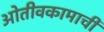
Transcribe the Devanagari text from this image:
ओतीवकामाची